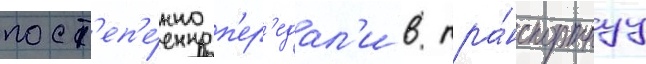
пост'еп'е́нно п'ер'едал'и в тра́нспортнуу